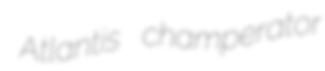
Atlantis champerator